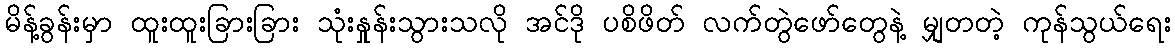
မိန့်ခွန်းမှာ ထူးထူးခြားခြား သုံးနှုန်းသွားသလို အင်ဒို ပစိဖိတ် လက်တွဲဖော်တွေနဲ့ မျှတတဲ့ ကုန်သွယ်ရေး